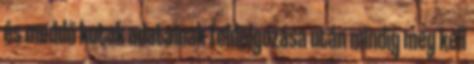
és meddő kutak adatainak feldolgozása után mindig meg kell